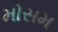
મોસમ